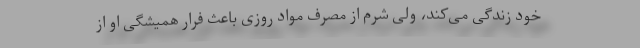
خود زندگی می‌کند، ولی شرم از مصرف مواد روزی باعث فرار همیشگی او از